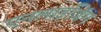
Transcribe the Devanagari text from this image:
एनलाइजिंग